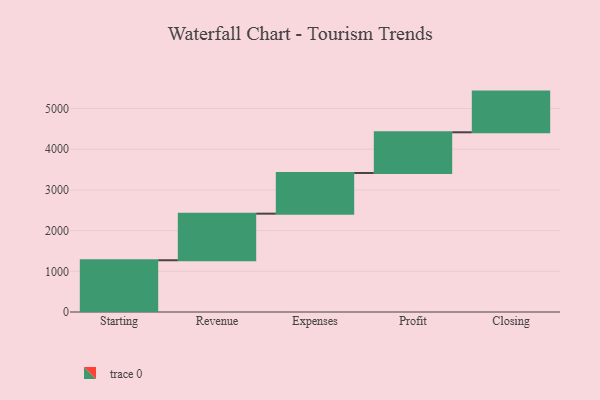
{"axis": {"x": "Step", "y": "Value"}, "legend": [""], "data": [{"x": "Starting", "y": 1272.0, "type": ""}, {"x": "Revenue", "y": 1145.0, "type": ""}, {"x": "Expenses", "y": 1000, "type": ""}, {"x": "Profit", "y": 1000, "type": ""}, {"x": "Closing", "y": 1000, "type": ""}]}